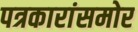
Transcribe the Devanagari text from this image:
पत्रकारांसमोर